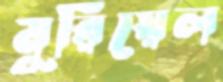
মুরিয়েল